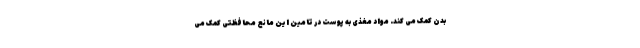
بدن کمک می کند. مواد مغذی به پوست در تامین این مانع محافظتی کمک می